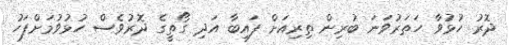
ދޮރު ހުޅުވާ ހަތަރުވަނަ ބުރިން ތިރިއަށް ފައިބާ އަދި ގޯތީގެ ދޮރުވެސް ހުޅުވުމަށްފަހު